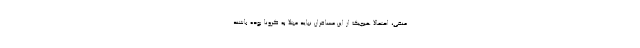
منفی، احتمالا هیچیک از این مسافران نباید مبتلا به کرونا بوده باشند